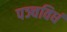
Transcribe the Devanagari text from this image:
पञ्चविधं